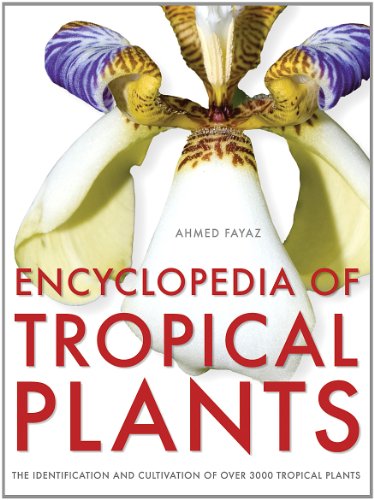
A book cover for Encyclopedia of Tropical Plants: Identification and Cultivation of Over 3000 Tropical Plants; Ahmed Fayaz; Crafts, Hobbies & Home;